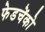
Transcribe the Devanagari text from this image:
फेडचेंको